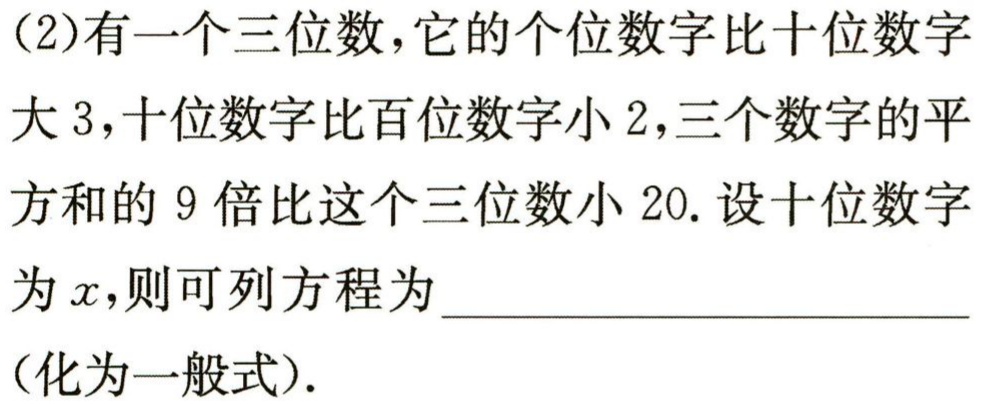
(2)有一个三位数，它的个位数字比十位数字大 3，十位数字比百位数字小 2，三个数字的平方和的 9 倍比这个三位数小 20. 设十位数字为\(x\)，则可列方程为  （化为一般式）.